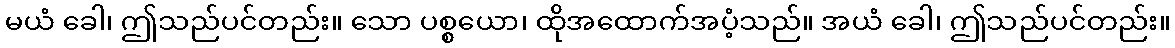
မယံ ခေါ၊ ဤသည်ပင်တည်း။ သော ပစ္စယော၊ ထိုအထောက်အပံ့သည်။ အယံ ခေါ၊ ဤသည်ပင်တည်း။